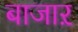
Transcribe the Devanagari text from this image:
बाजाऱ